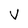
Character: V